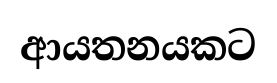
ආයතනයකට